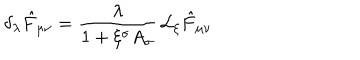
\delta _ { \lambda } \hat { F } _ { \mu \nu } = \frac { \lambda } { 1 + \xi ^ { \sigma } A _ { \sigma } } \, { \cal L } _ { \xi } \hat { F } _ { \mu \nu }